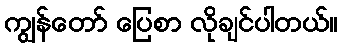
ကျွန်တော် ပြေစာ လိုချင်ပါတယ်။